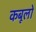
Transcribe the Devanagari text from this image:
कबूलो